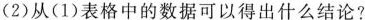
(2)从(1)表格中的数据可以得出什么结论？